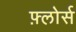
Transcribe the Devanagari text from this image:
फ़्लोर्स